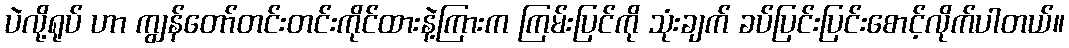
ပဲလို့ရုပ် ဟာ ကျွန်တော်တင်းတင်းကိုင်ထားနဲ့ကြားက ကြမ်းပြင်ကို သုံးချက် ခပ်ပြင်းပြင်းစောင့်လိုက်ပါတယ်။